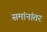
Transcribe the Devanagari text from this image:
समांनांतर